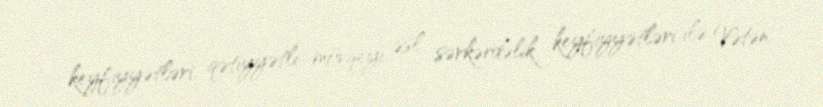
keyfiyyətləri, qətiyyətli mövqeyi, əsl sərkərdəlik keyfiyyətləri ilə Vətən